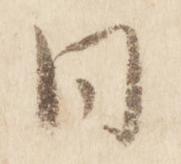
同